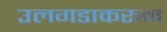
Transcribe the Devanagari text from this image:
उलगडाकरून